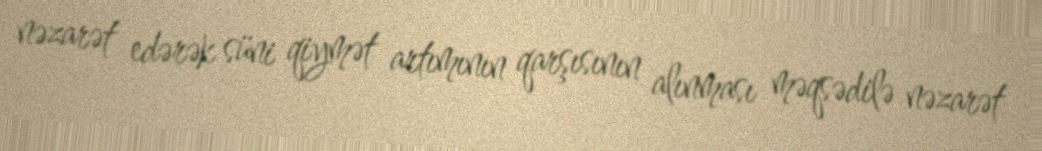
nəzarət edərək süni qiymət artımının qarşısının alınması məqsədilə nəzarət